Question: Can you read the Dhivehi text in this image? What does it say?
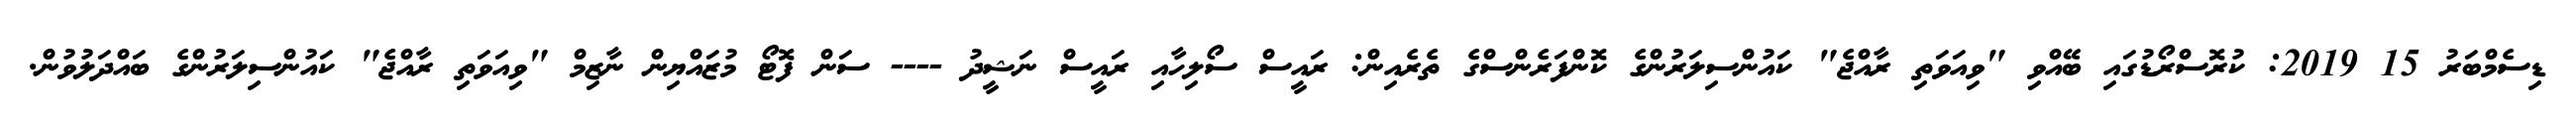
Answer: ޑިސެމްބަރު 15 2019: ކުރޮސްރޯޑުގައި ބޭއްވި "ވިއަވަތި ރާއްޖެ" ކައުންސިލަރުންގެ ކޮންފަރެންސްގެ ތެރެއިން: ރައީސް ސޯލިހާއި ރައީސް ނަޝީދު ---- ސަން ފޮޓޯ މުޒައްޔިން ނާޒިމް "ވިއަވަތި ރާއްޖެ" ކައުންސިލަރުންގެ ބައްދަލުވުން.